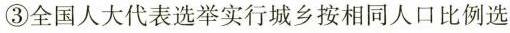
③全国人大代表选举实行城乡按相同人口比例选